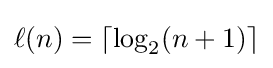
\ell (n)=\lceil \log _{2}(n+1)\rceil